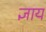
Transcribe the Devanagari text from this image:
ज्ञाय